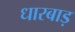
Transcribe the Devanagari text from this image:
धारबाड़